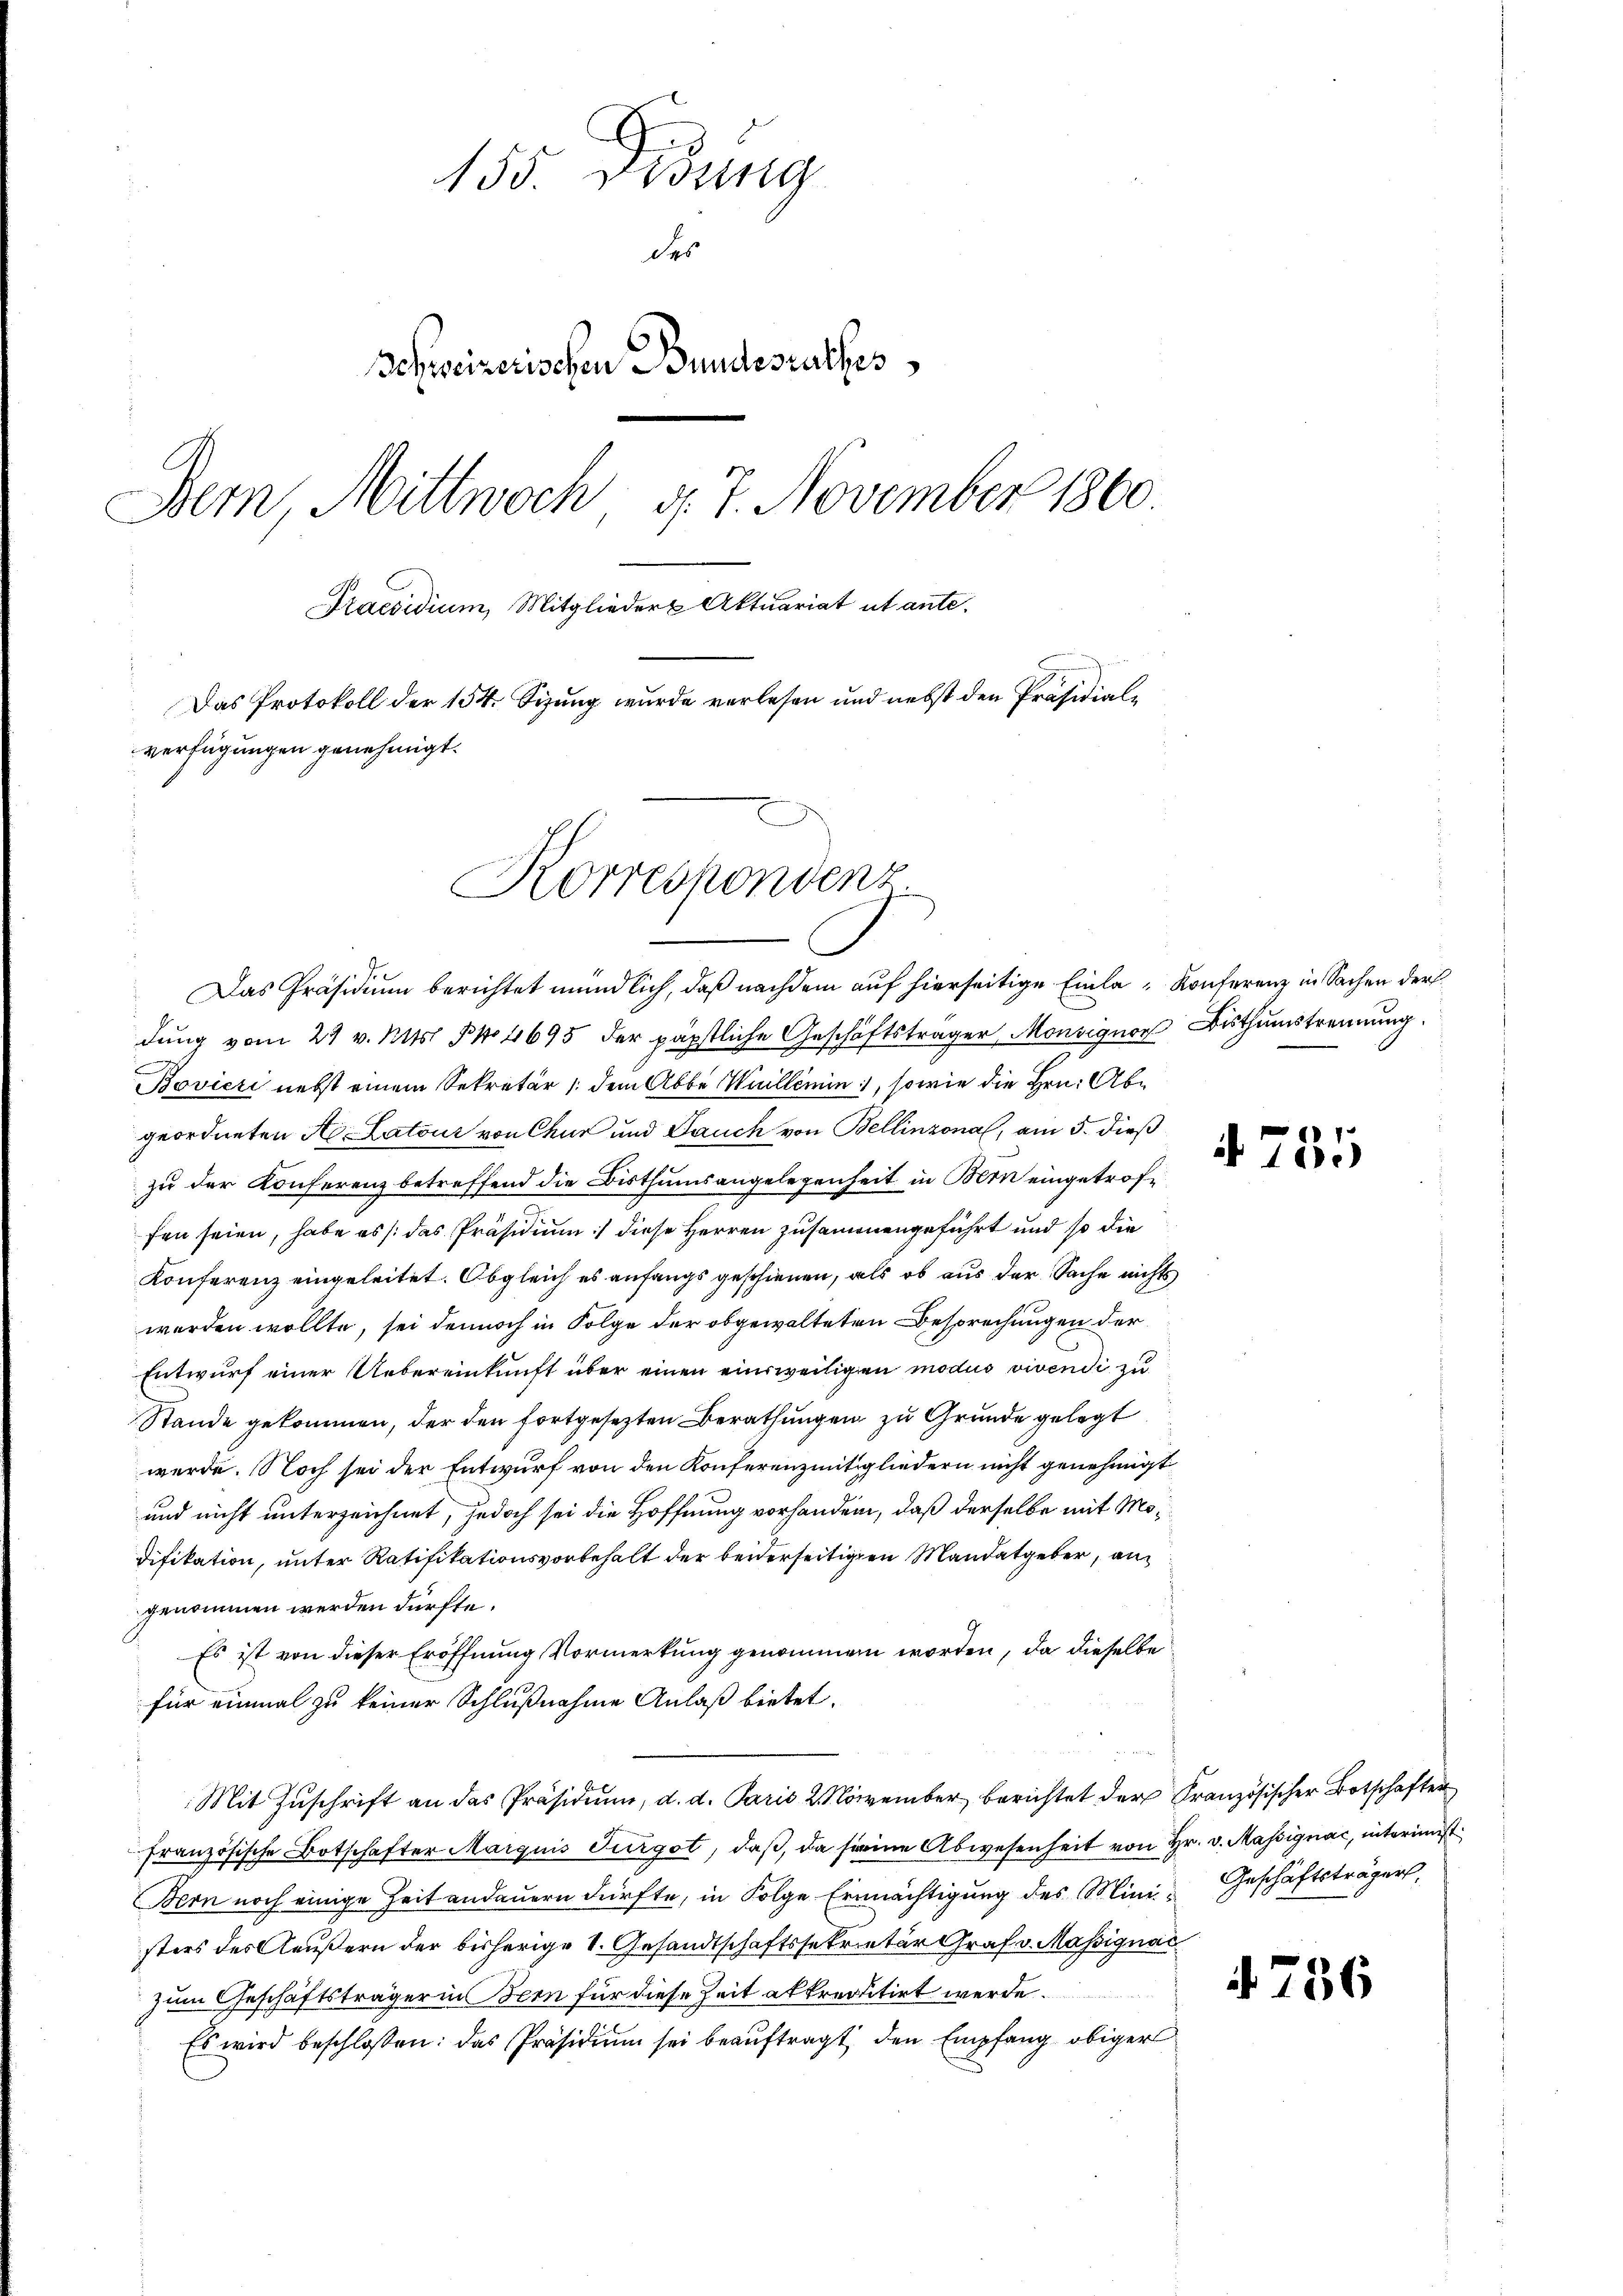
155. Didung
des
Schweizerischen Bundesrathes
Bern, Mittwoch, d. 7. November 1860.
Praesidium, Mitglieder Aktuariat ut ante.
Das Protokoll der 154. Sizung wurde verlesen und nebst den Präsidialverfügungen genehmigt.

Korrespondenz.

Das Präsidium berichtet mündlich, daß nachdem auf hierseitige Einla-Konferenz in Sachen der
dung vom 24 v. Mts. B No 4695 der päpstliche Geschäftsträger Monsignor Bisthumstrennung
Bovieri nebst einem Sekretär (dem Abbe Willemin, sowie die Hrn. Abe
geordneten A. Latour von Chur und Jauch von Bellinzona, am 5. dieß
zu der Konferenz betreffend die Bisthumsangelegenheit in Bern eingetroffen seien, habe es /: das Präsidium diese Herren zusammenengeführt und so die
Konferenz eingeleitet. Obgleich es anfangs geschienen, als ob aus der Sache nichts
werden wollte, sei dennoch in Folge der obgewalteten Besprechungen der
Entwurf einer Uebereinkunft über einen einsweiligen modus vivendi zu
Stande gekommen, der den fortgesezten Berathungen zu Grunde gelegt
werde. Noch sei der Entwurf von den Konferenzmitgliedern nicht genehmigt
und nicht unterzeichnet, jedoch sei die Hoffnung vorhanden, daß derselbe mit Modifikation, unter Ratifikationsvorbehalt der beiderseitigen Mandatgeber, an
genommen werden dürfte.
Es ist von dieser Eröffnung Vormerkung genommen worden, da dieselbe
für einmal zu keiner Schlußnahme Anlaß bietet.
Mit Zŭschrift an das Präsidium, d. d. Paris 2. November berichtet der Französischer Botschafter
französische Botschafter Marguis Fürgot, daβ, da seine Abwesenheit von Hr. v. Massignac, interinnst
Bern noch einige Zeit andauern dürfte, in Folge Ermächtigung des Mini- Geschäftsträgers,
sters des Aeußern der bisherige V. Gesandtschaftssekretär Graf v. Massignac
zum Geschäftsträger in Bern für diese Zeit akkreolitirt werde.
Es wird beschloßen: das Präsidiŭm sei beauftragt, den Empfang obiger

755

a

756